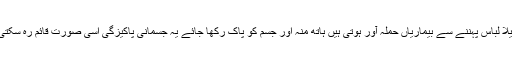
دھلا ہوا لباس جسم کی حفاظت کرتا ہے جبکہ گندا اور میلا کچیلا لباس پہننے سے بیماریاں حملہ آور ہوتی ہیں ہاتھ منہ اور جسم کو پاک رکھا جائے یہ جسمانی پاکیزگی اسی صورت قائم رہ سکتی ہے جب آپ ارد گرد کے ماحول کو صاف ستھرا رکھیں گے۔